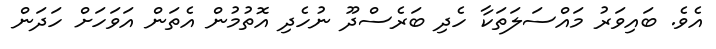
އެވެ. ބައިވަރު މައްސަލަތަކާ ހެދި ބަރެސްދޫ ނުހެދި އޮތުމުން އެތަން އަވަހަށް ހަދަން